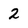
Character: 2